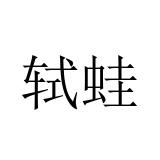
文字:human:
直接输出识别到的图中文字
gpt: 轼蛙